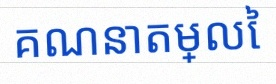
គណនាតម្លៃ